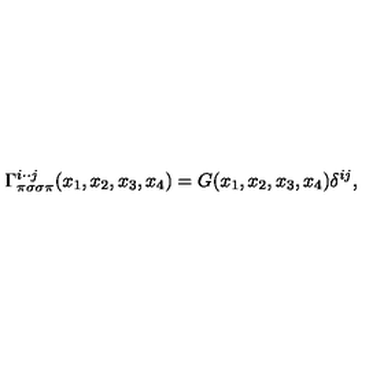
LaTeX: \Gamma _ { \pi \sigma \sigma \pi } ^ { i \cdot \cdot j } ( x _ { 1 } , x _ { 2 } , x _ { 3 } , x _ { 4 } ) = G ( x _ { 1 } , x _ { 2 } , x _ { 3 } , x _ { 4 } ) \delta ^ { i j } ,